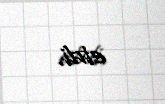
etdi.